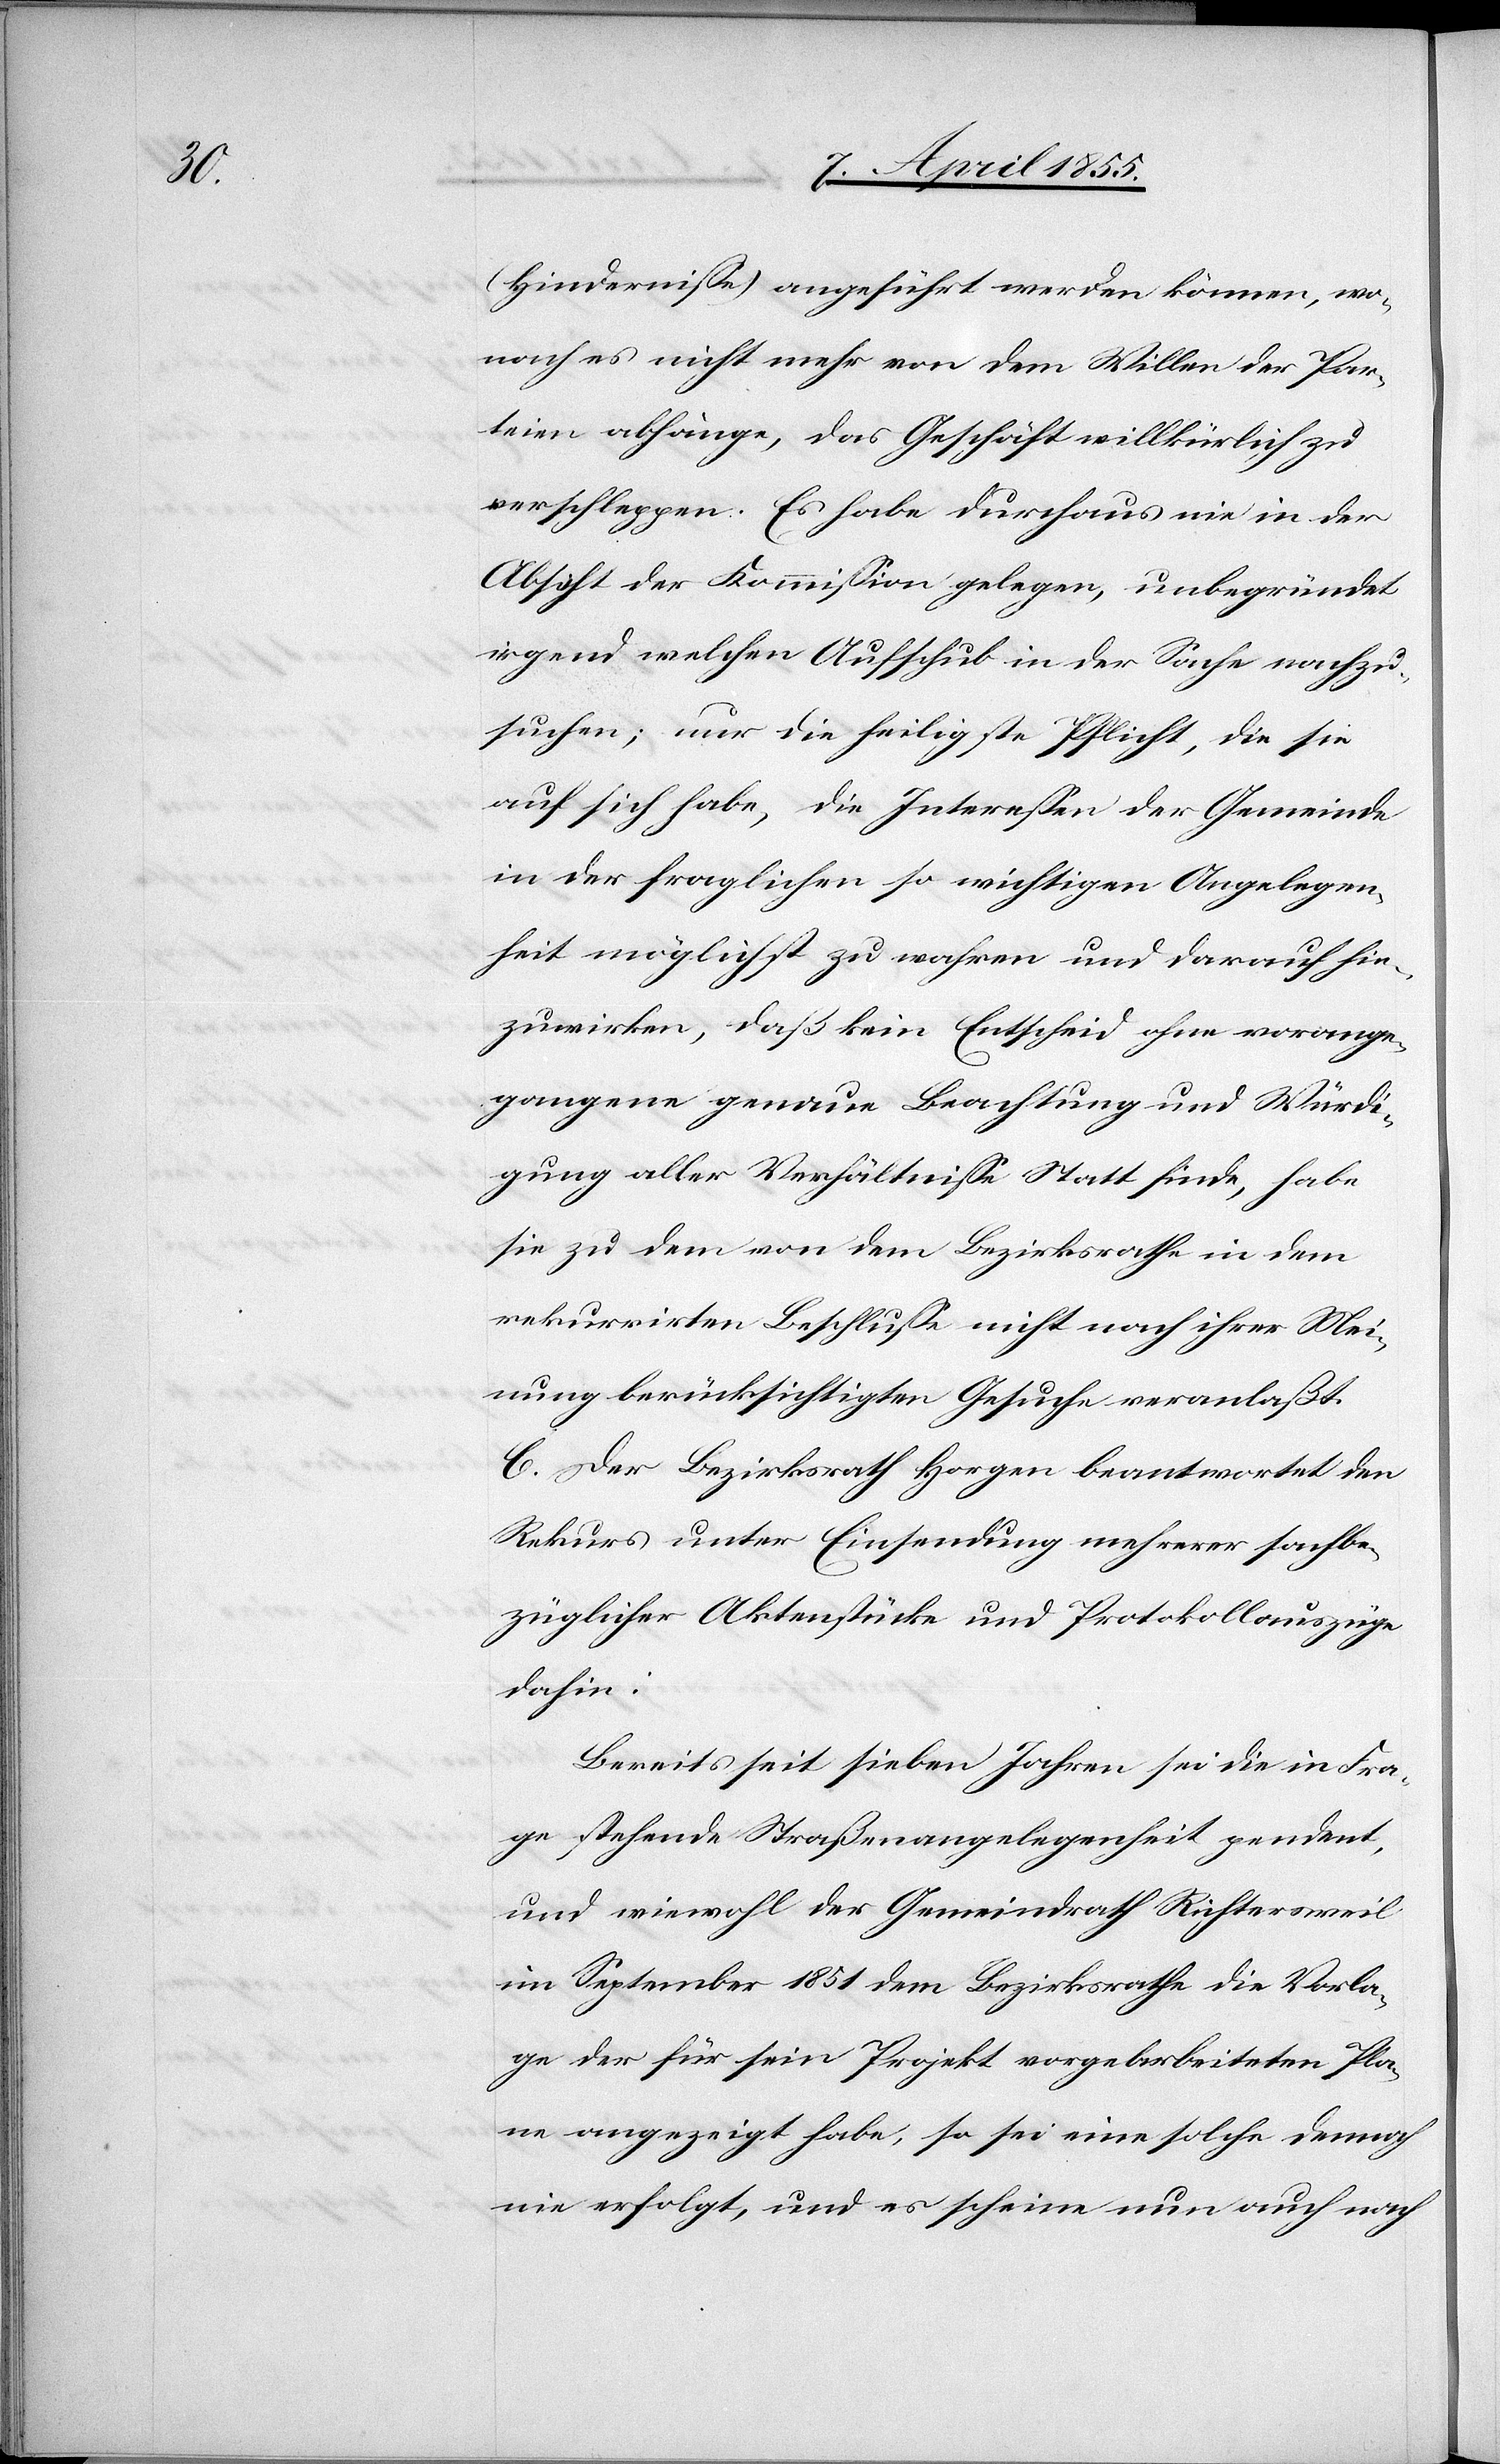
(Hindernisse) angeführt werden können, wo¬
nach es nicht mehr von dem Willen der Par¬
teien abhänge, das Geschäft willkürlich zu
verschleppen. Es habe durchaus nie in der
Absicht der Kommission gelegen, unbegründet
irgend welchen Aufschub in der Sache nachzu¬
suchen; nur die heiligste Pflicht, die sie
auf sich habe, die Interessen der Gemeinde
in der fraglichen so wichtigen Angelegen¬
heit möglichst zu wahren und darauf hin¬
zuwirken, daß kein Entscheid ohne vorange¬
gangene genaue Beachtung und Würdi¬
gung aller Verhältnisse Statt finde, habe
sie zu dem von dem Bezirksrathe in dem
rekurrirten Beschlusse nicht nach ihrer Mei¬
nung berücksichtigten Gesuche veranlaßt.
C. Der Bezirksrath Horgen beantwortet den
Rekurs unter Einsendung mehrerer sachbe¬
züglicher Aktenstücke und Protokollauszüge
dahin:
Bereits seit sieben Jahren sei die in Fra¬
ge stehende Straßenangelegenheit pendent,
und wiewohl der Gemeindrath Richtersweil
im September 1851 dem Bezirksrathe die Vorla¬
ge der für sein Projekt vorgearbeiteten Plä¬
ne angezeigt habe, so sei eine solche dennoch
nie erfolgt, und es scheine nun auch nach